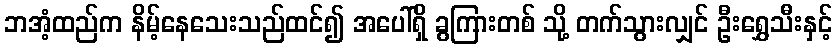
ဘအံ့ထည်က နိမ့်နေသေးသည်ထင်၍ အပေါ်ရှိ ခွကြားတစ် သို့ တက်သွားလျှင် ဦးရွှေသီးနှင့်